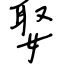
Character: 娶